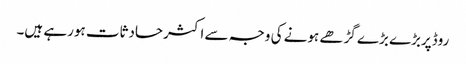
روڈپربڑے بڑے گڑھے ہونے کی وجہ سے اکثرحادثات ہورہے ہیں۔